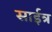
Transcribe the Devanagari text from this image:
साईत्र